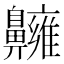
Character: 𪖿